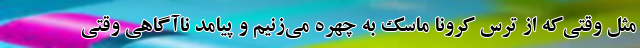
مثل وقتی‌که از ترس کرونا ماسک به چهره می‌زنیم و پیامد ناآگاهی وقتی